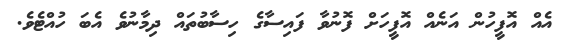
އެއް އޮފީހުން އަނެއް އޮފީހަށް ފޮނުވާ ފައިސާގެ ހިސާބުތައް ދިމާނުވެ އެބަ ހުއްޓެވެ.